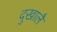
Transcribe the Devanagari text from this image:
दुखालै